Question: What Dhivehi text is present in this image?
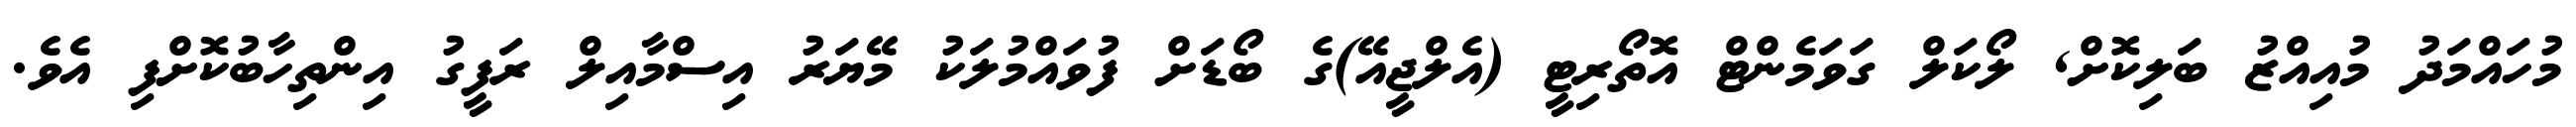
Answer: މުހައްމަދު މުއިއްޒު ބަލިކޮށް, ލޯކަލް ގަވަމެންޓް އޮތޯރިޓީ (އެލްޖީއޭ)ގެ ބޯޑަށް ފުވައްމުލަކު މޭޔަރު އިސްމާއިލް ރަފީގު އިންތިހާބުކޮށްފި އެވެ.